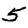
Digit: 5